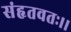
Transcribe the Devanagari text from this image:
संहृतवतः।।